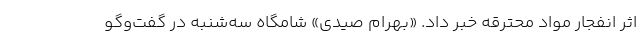
اثر انفجار مواد محترقه خبر داد. «بهرام صیدی» شامگاه سه‌شنبه در گفت‌وگو